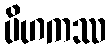
ပိဟကဿ